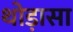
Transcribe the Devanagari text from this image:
थोड़ासा